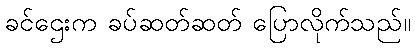
ခင်ဌေးက ခပ်ဆတ်ဆတ် ပြောလိုက်သည်။